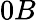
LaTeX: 0B